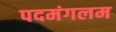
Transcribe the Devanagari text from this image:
पदमंगलम